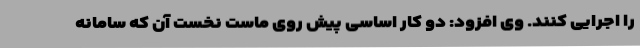
را اجرایی کنند. وی افزود: دو کار اساسی پیش روی ماست نخست آن که سامانه